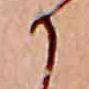
か